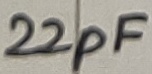
Text: 22pF